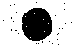
.